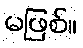
မဖြစ်။